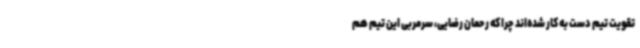
تقویت تیم دست به کار شده‌اند چرا که رحمان رضایی، سرمربی این تیم هم